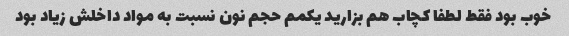
خوب بود فقط لطفا کچاب هم بزارید یکمم حجم نون نسبت به مواد داخلش زیاد بود